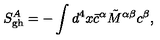
S _ { \mathrm { g h } } ^ { A } = - \int d ^ { 4 } x { \bar { c } } ^ { \alpha } \tilde { M } ^ { \alpha \beta } c ^ { \beta } ,